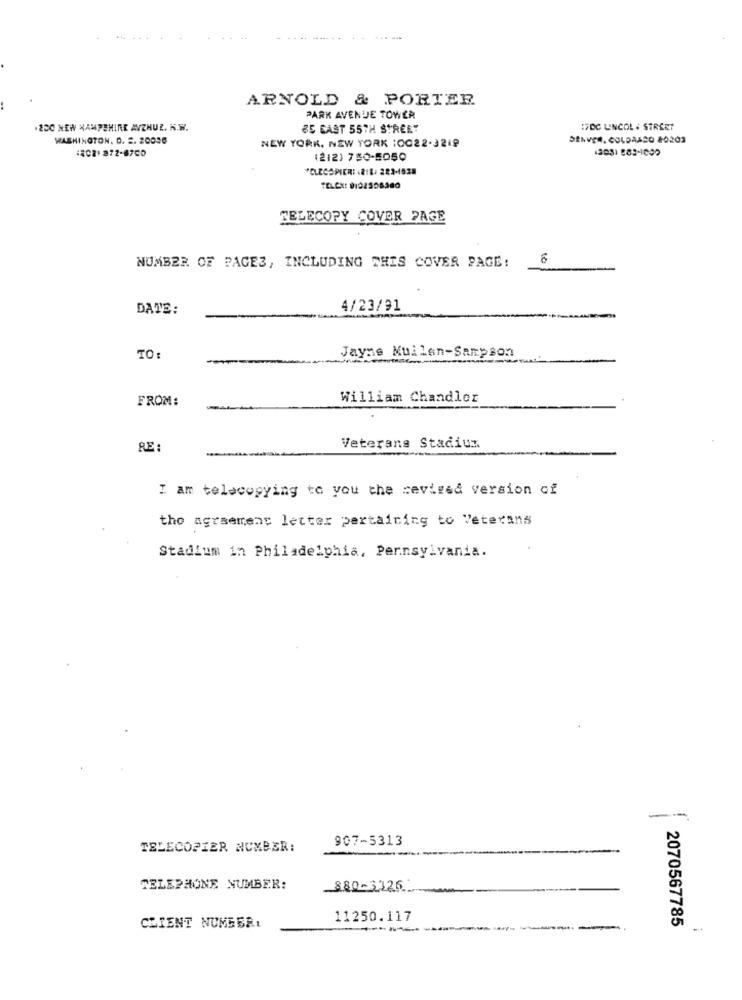
ARNOLD & PORTER
PARK AVENUE TOWER
.200 NEW HAMPSHIRE AVZHUZ. H.W.
85 EAST 55TH STREET
:7DC LINCOL # STREET
WASHINGTON, D. 2. 20056
NEW YORK, NEW YORK :0022-3219
DENVER, COLDAACO 20202
42021 872-8700
1303) 983-1009
(212) 780-5050
FELECOPIER: 1218: 222-1528
TELEX: 0102508380
FELECOPY COVER PAGE
10
NUMBER OF PAGES, INCLUDING THIS COVER PAGE:
DATE:
4/23/91
Jayne Muilen-Sampson
TO:
FROM:
William Chandler
RE :
Veterans Stadium
I am telecopying to you the revised version of
the agreement letter pertaining to Veterans
Stadium in Philadelphia, Pennsylvania.
--
907-5313
TELECOPIER NUMBER:
TELEPHONE NUMBER:
880-3126
11250.117
2070567785
CLIENT NUMBER: